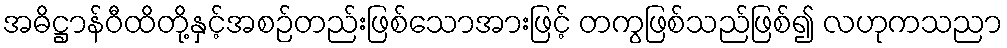
အဓိဋ္ဌာန်ဝီထိတို့နှင့်အစဉ်တည်းဖြစ်သောအားဖြင့် တကွဖြစ်သည်ဖြစ်၍ လဟုကသညာ